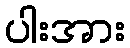
ပါးအား